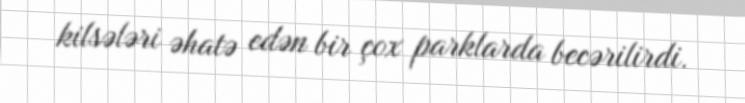
kilsələri əhatə edən bir çox parklarda becərilirdi.